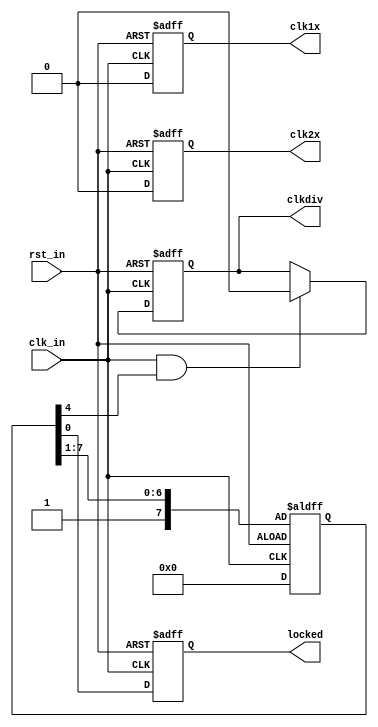
//////////////////////////////////////////////////////////////////////
////                                                              ////
////  Generic simple PLL model                                    ////
////                                                              ////
////  Description                                                 ////
////  Basic PLL model, with clkx2, clkdiv, locked, outputs        ////
////                                                              ////
////  To Do:                                                      ////
////  A clkmult output                                            ////
////                                                              ////
////  Author(s):                                                  ////
////      - Julius Baxter     julius@opencores.org                ////
////                                                              ////
//////////////////////////////////////////////////////////////////////
////                                                              ////
//// Copyright (C) 2009 Authors and OPENCORES.ORG                 ////
////                                                              ////
//// This source file may be used and distributed without         ////
//// restriction provided that this copyright statement is not    ////
//// removed from the file and that any derivative work contains  ////
//// the original copyright notice and the associated disclaimer. ////
////                                                              ////
//// This source file is free software; you can redistribute it   ////
//// and/or modify it under the terms of the GNU Lesser General   ////
//// Public License as published by the Free Software Foundation; ////
//// either version 2.1 of the License, or (at your option) any   ////
//// later version.                                               ////
////                                                              ////
//// This source is distributed in the hope that it will be       ////
//// useful, but WITHOUT ANY WARRANTY; without even the implied   ////
//// warranty of MERCHANTABILITY or FITNESS FOR A PARTICULAR      ////
//// PURPOSE.  See the GNU Lesser General Public License for more ////
//// details.                                                     ////
////                                                              ////
//// You should have received a copy of the GNU Lesser General    ////
//// Public License along with this source; if not, download it   ////
//// from http://www.opencores.org/lgpl.shtml                     ////
////                                                              ////
//////////////////////////////////////////////////////////////////////
`timescale  1 ps / 1 ps
//Generic model of a PLL
//All outputs are synchronous with clk_in
//Divide for clkdiv output set by divider parameter
//Locked signal goes high 8 clocks after reset
//Note the timescale ^^^^^ - cannot be changed!
module generic_pll(/*AUTOARG*/
   // Outputs
   clk1x, clk2x, clkdiv, locked,
   // Inputs
   clk_in, rst_in
   );
`ifndef VERILATOR
   input clk_in;
   input rst_in;   
   output reg clk1x;
   output reg clk2x;
   output reg clkdiv;
   output reg locked;

   parameter  DIVIDER = 8;
   
   

   // Locked shiftreg will hold locked low until 8 cycles after reset
   // Clocks should start outputting a few clocks before hand
   reg [7:0] 	  locked_shiftreg;
   always @(posedge clk_in or negedge rst_in) 
     begin
	if (rst_in) locked_shiftreg <= 8'h0;
	else locked_shiftreg <= {1'b1, locked_shiftreg[7:1]};
     end

   always @(posedge clk_in or posedge rst_in)
     begin
	if (rst_in) locked <= 1'b0;
	else
	  locked <= locked_shiftreg[0];

     end
   
   integer   clk_in_edge; //variable to store the times at which we get our edges
   integer   clk_in_period [3:0]; // array to store 4 calculated periods
   integer   period; //period value used to generate output clocks
   
   // determine clock period
   always @(posedge clk_in or posedge rst_in)
     begin
	if (rst_in == 1) begin
	   clk_in_period[0] <= 0;
	   clk_in_period[1] <= 0;
	   clk_in_period[2] <= 0;
	   clk_in_period[3] <= 0;
	   clk_in_edge <= 0;
	end
	else begin
	   clk_in_edge <= $time;
	   clk_in_period[3] <= clk_in_period[2];
	   clk_in_period[2] <= clk_in_period[1];
	   clk_in_period[1] <= clk_in_period[0];
	   if (clk_in_edge != 0)
	     clk_in_period[0] <= $time - clk_in_edge;
	end // else: !if(rst_in == 1)
     end // always @ (posedge clk_in or posedge rst_in)

   // Calculate average of our clk_in period
   always @(clk_in_period[3] or clk_in_period[2] or 
	    clk_in_period[1] or clk_in_period[0]) begin
      period <= ((clk_in_period[3] + clk_in_period[2] +
		  clk_in_period[1] + clk_in_period[0])/4);
   end

   // generate clk1x out
   always @(posedge clk_in or posedge rst_in)
     if (rst_in)
       clk1x <= 0;
     else begin
	if (clk_in == 1 && locked_shiftreg[4]) begin
	   clk1x <= 1;
	   #(period / 2) clk1x <= 0;
	end
	else
	  clk1x <= 0;
     end
 // generate clk2x out
   always @(posedge clk_in or posedge rst_in)
     if (rst_in)
       clk2x <= 0;
     else begin
	if (clk_in == 1 && locked_shiftreg[4]) begin
	   clk2x <= 1;
	   #(period / 4) clk2x <= 0;
	   #(period / 4) clk2x <= 1;
	   #(period / 4) clk2x <= 0;	   
	end
	else
	  clk2x <= 0;
     end

   //generate clkdiv out
   always @(posedge clk_in or posedge rst_in)
     if (rst_in) 
	clkdiv <= 1'b0;
     else begin
	if (clk_in == 1 && locked_shiftreg[4]) begin
	   clkdiv <= 1'b1;
	   #(DIVIDER*period/2) clkdiv <= 1'b0;
	   #(DIVIDER*period/2);	   
	end
     end	  
`else // !`ifndef VERILATOR
   input clk_in;
   input rst_in;   
   output clk1x;
   output clk2x;
   output clkdiv;
   output reg locked;

   parameter  DIVIDER = 8;

   always @(posedge clk_in) locked <= ~rst_in;
   assign clk1x = clk_in;
   assign clk2x = 0;
   assign clkdiv= 0;
`endif // !`ifndef VERILATOR   
   
endmodule // generic_pll